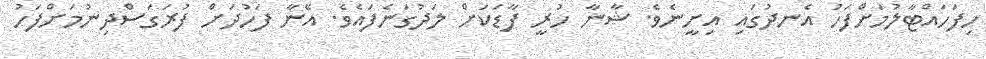
ހިފަހައްޓާލުމަށްފަހު އެނދުގައި އިށީނެވެ. ޝާނާ ހުރީ ފާޑަކަށް ލަދުގަނެފައެވެ. އޭނާ ފަހުދަށް ފުރަގަސްދިނުމަށްފަހު